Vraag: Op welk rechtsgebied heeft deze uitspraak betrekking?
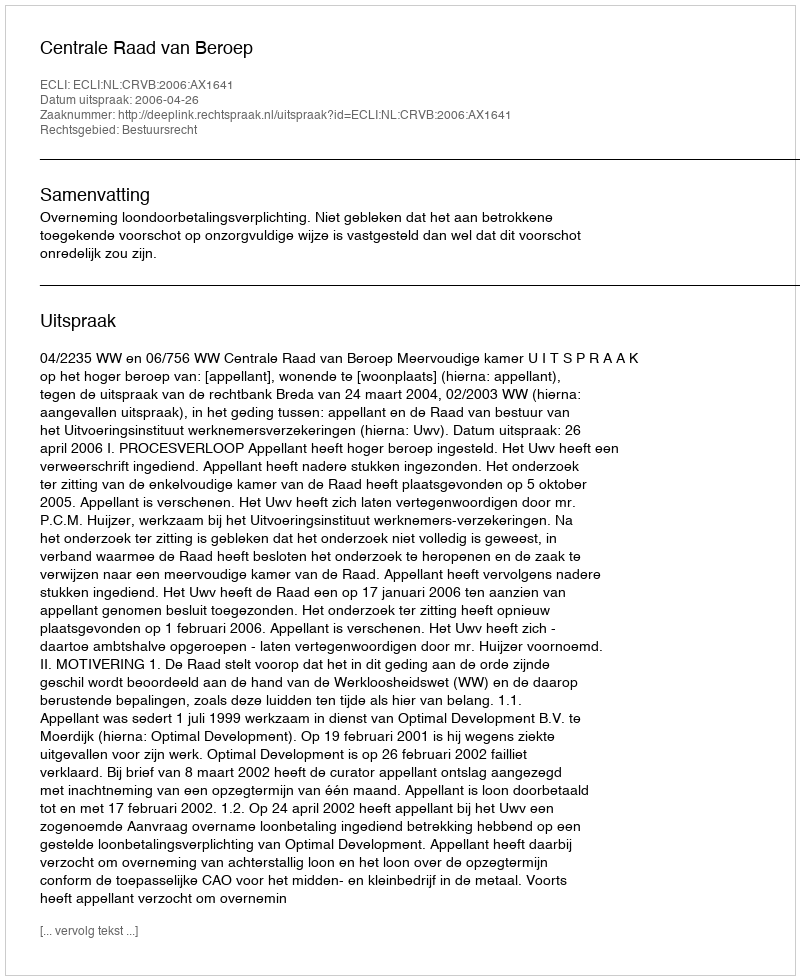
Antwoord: Bestuursrecht